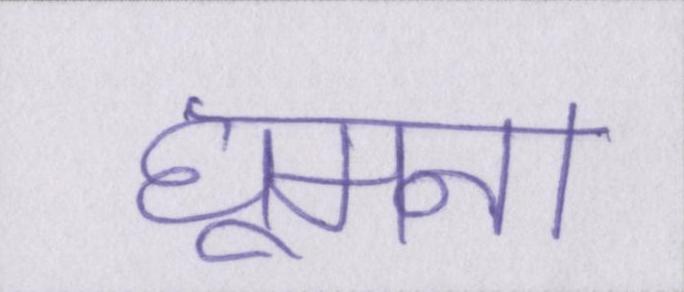
घूमना